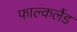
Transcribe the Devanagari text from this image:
फाल्कलैंड